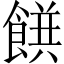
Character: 𲋝